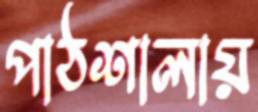
পাঠশালায়